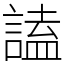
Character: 𧪞